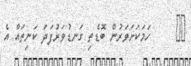
٣٢     ހަމަކަށަވަރުން ބޮޑެތި ގަނޑުވަރުފަދަ ކަނިތައް އެ